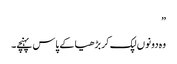
”
وہ دونوں لپک کر بڑھیا کے پاس پہنچے۔